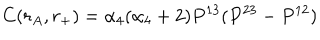
LaTeX: C ( r _ { A } , r _ { + } ) = \alpha _ { 4 } ( \alpha _ { 4 } + 2 ) P ^ { 1 3 } ( P ^ { 2 3 } - P ^ { 1 2 } )